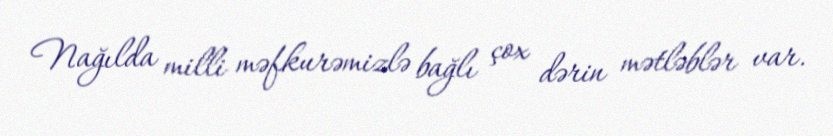
Nağılda milli məfkurəmizlə bağlı çox dərin mətləblər var.